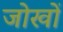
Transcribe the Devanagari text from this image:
जोखों